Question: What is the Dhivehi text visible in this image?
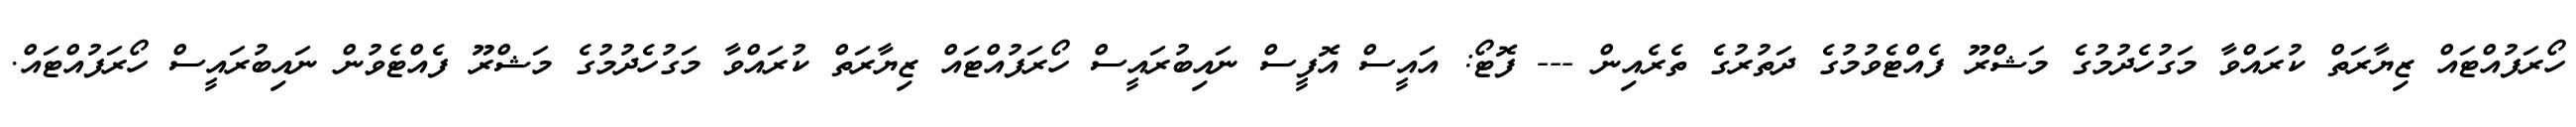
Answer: ހޯރަފުއްޓައް ޒިޔާރަތް ކުރައްވާ މަގުހެދުމުގެ މަޝްރޫ ފެއްޓެވުމުގެ ދަތުރުގެ ތެރެއިން --- ފޮޓޯ: އައީސް އޮފީސް ނައިބުރައީސް ހޯރަފުއްޓައް ޒިޔާރަތް ކުރައްވާ މަގުހެދުމުގެ މަޝްރޫ ފެއްޓެވުން ނައިބުރައީސް ހޯރަފުއްޓައް.